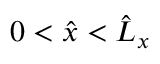
0 < \hat { x } < \hat { L } _ { x }